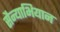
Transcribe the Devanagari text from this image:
सैन्याभियान